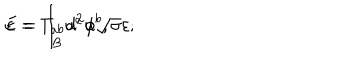
E = \int _ { \mathcal { B } } d ^ { 2 } \phi \sqrt { \sigma } \varepsilon ; \hspace { 1 c m } \varepsilon = T _ { a b } u ^ { a } u ^ { b } ,